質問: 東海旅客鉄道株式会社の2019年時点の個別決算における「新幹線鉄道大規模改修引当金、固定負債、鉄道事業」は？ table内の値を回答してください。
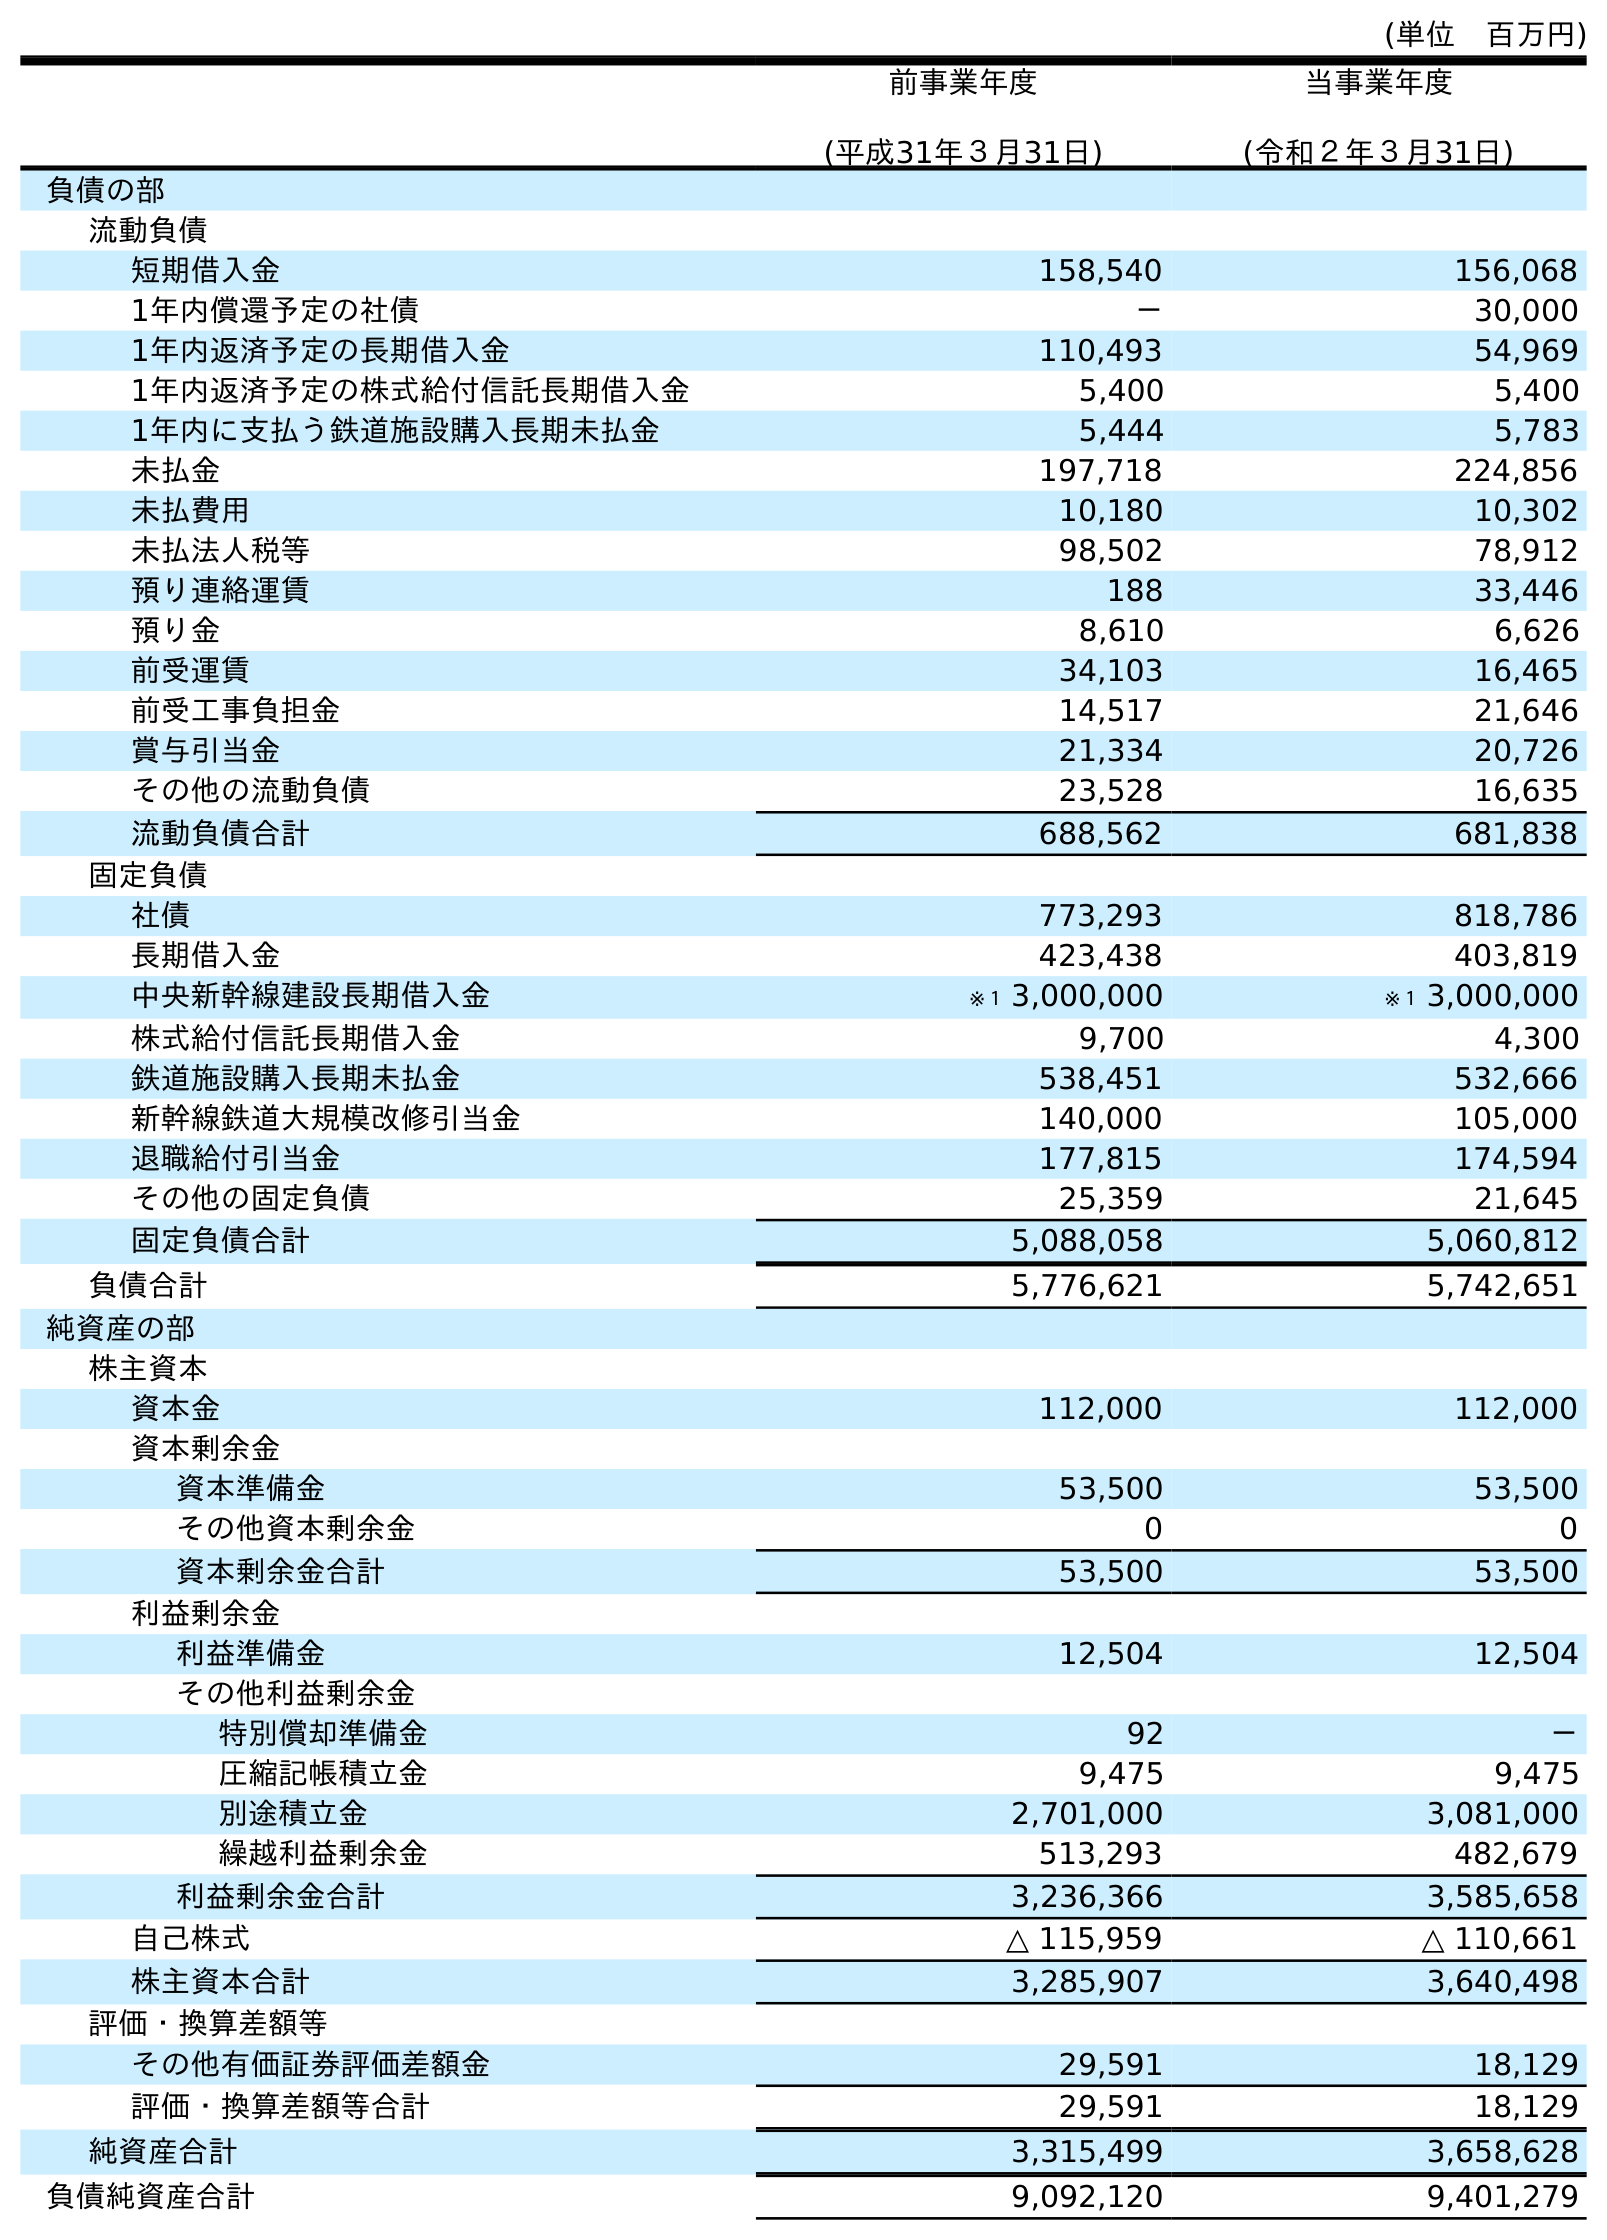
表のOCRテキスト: (単位 百万円) 前事業年度 (平成31年３月31日) 当事業年度 (令和２年３月31日) 負債の部 流動負債 短期借入金 158,540 156,068 1年内償還予定の社債 － 30,000 1年内返済予定の長期借入金 110,493 54,969 1年内返済予定の株式給付信託長期借入金 5,400 5,400 1年内に支払う鉄道施設購入長期未払金 5,444 5,783 未払金 197,718 224,856 未払費用 10,180 10,302 未払法人税等 98,502 78,912 預り連絡運賃 188 33,446 預り金 8,610 6,626 前受運賃 34,103 16,465 前受工事負担金 14,517 21,646 賞与引当金 21,334 20,726 その他の流動負債 23,528 16,635 流動負債合計 688,562 681,838 固定負債 社債 773,293 818,786 長期借入金 423,438 403,819 中央新幹線建設長期借入金 ※１ 3,000,000 ※１ 3,000,000 株式給付信託長期借入金 9,700 4,300 鉄道施設購入長期未払金 538,451 532,666 新幹線鉄道大規模改修引当金 140,000 105,000 退職給付引当金 177,815 174,594 その他の固定負債 25,359 21,645 固定負債合計 5,088,058 5,060,812 負債合計 5,776,621 5,742,651 純資産の部 株主資本 資本金 112,000 112,000 資本剰余金 資本準備金 53,500 53,500 その他資本剰余金 0 0 資本剰余金合計 53,500 53,500 利益剰余金 利益準備金 12,504 12,504 その他利益剰余金 特別償却準備金 92 － 圧縮記帳積立金 9,475 9,475 別途積立金 2,701,000 3,081,000 繰越利益剰余金 513,293 482,679 利益剰余金合計 3,236,366 3,585,658 自己株式 △ 115,959 △ 110,661 株主資本合計 3,285,907 3,640,498 評価・換算差額等 その他有価証券評価差額金 29,591 18,129 評価・換算差額等合計 29,591 18,129 純資産合計 3,315,499 3,658,628 負債純資産合計 9,092,120 9,401,279
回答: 140,000